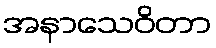
အနာသေဝိတာ